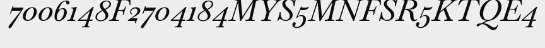
7006148F2704184MYS5MNFSR5KTQE4